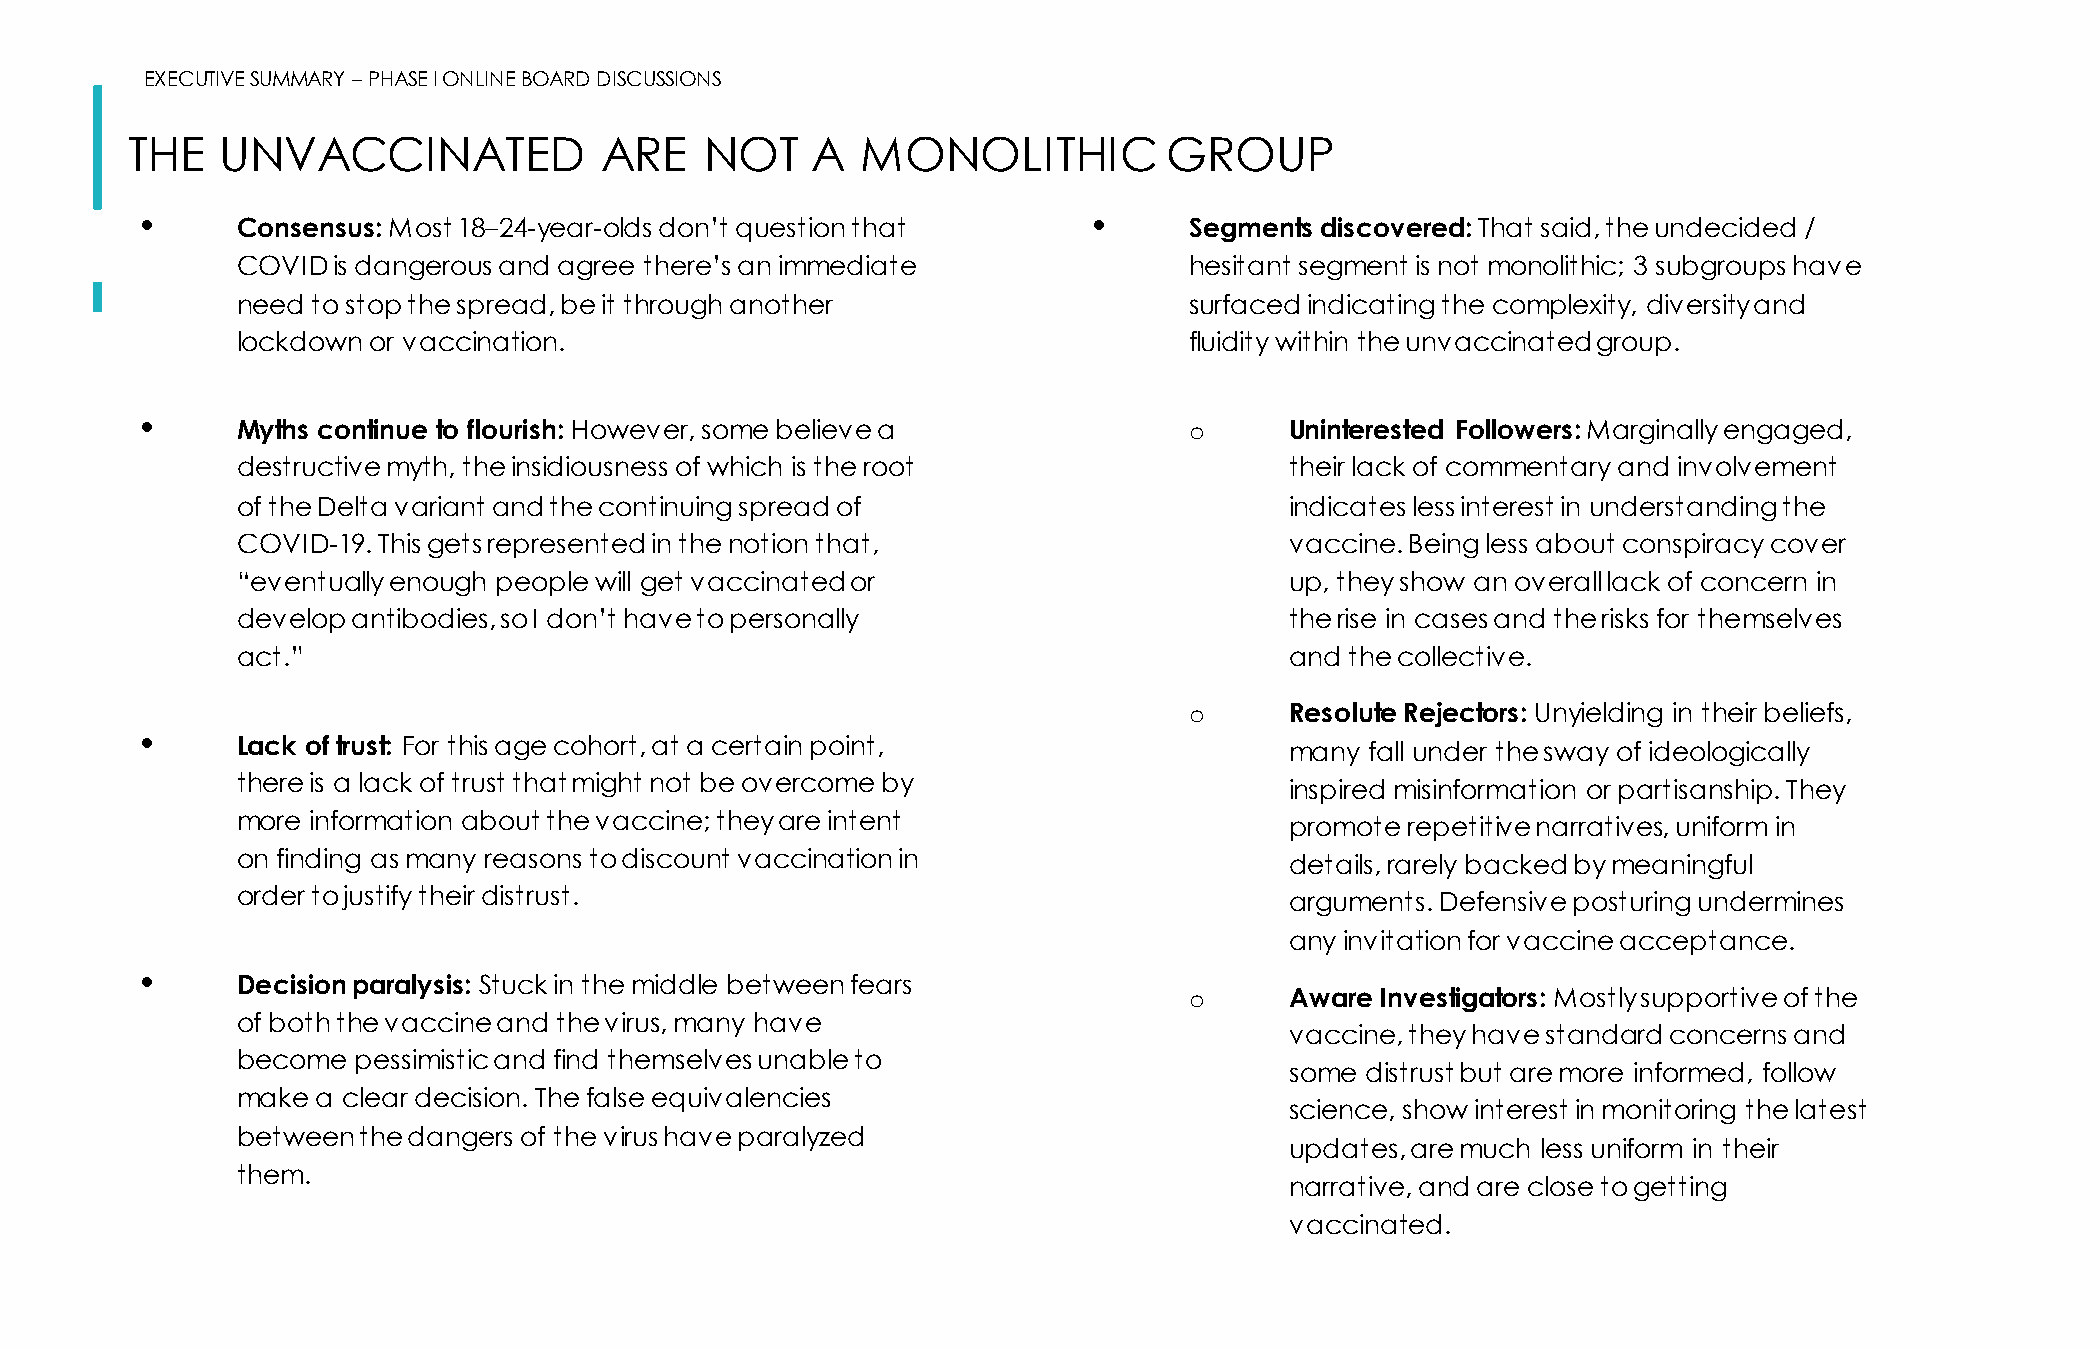
EXECUTIVE SUMMARY –PHASE I ONLINE BOARD DISCUSSIONS
 THE   UNVACCINATED              ARE    NOT    A  MONOLITHIC          GROUP
 •      Consensus: Most 18–24-year-olds don’t question that     •      Segments discovered: That said, the undecided /
 COVID is dangerous and agree there’s an immediate              hesitant segment is not monolithic; 3 subgroups have
 need to stop the spread, be it through another                 surfaced indicating the complexity, diversity and
 lockdown or vaccination.                                       fluidity within the unvaccinated group.
 •      Myths continue to flourish: However, some believe a            o     Uninterested Followers: Marginally engaged,
 destructive myth, the insidiousness of which is the root             their lack of commentary and involvement
 of the Delta variant and the continuing spread of                    indicates less interest in understanding the
 COVID-19. This gets represented in the notion that,                  vaccine. Being less about conspiracy cover
 “eventually enough people will get vaccinated or                     up, they show an overall lack of concern in
 develop antibodies, so I don’t have to personally                    the rise in cases and the risks for themselves
 act.”                                                                and the collective.
 o     Resolute Rejectors: Unyielding in their beliefs,
 •      Lack of trust: For this age cohort, at a certain point,              many  fall under the sway of ideologically
 there is a lack of trust that might not be overcome by               inspired misinformation or partisanship. They
 more information about the vaccine; they are intent                  promote repetitive narratives, uniform in
 on finding as many reasons to discount vaccination in
 details, rarely backed by meaningful
 order to justify their distrust.                                     arguments. Defensive posturing undermines
 any invitation for vaccine acceptance.
 •      Decision paralysis: Stuck in the middle between fears
 o     Aware Investigators: Mostly supportive of the
 of both the vaccine and the virus, many have
 vaccine, they have standard concerns and
 become  pessimistic and find themselves unable to
 some distrust but are more informed, follow
 make a clear decision. The false equivalencies
 science, show interest in monitoring the latest
 between the dangers of the virus have paralyzed
 updates, are much less uniform in their
 them.
 narrative, and are close to getting
 vaccinated.